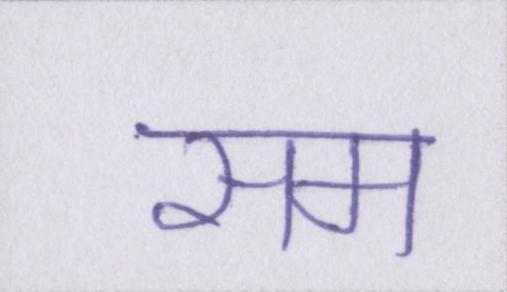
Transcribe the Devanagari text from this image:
सम